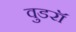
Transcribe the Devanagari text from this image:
वुडरॉ